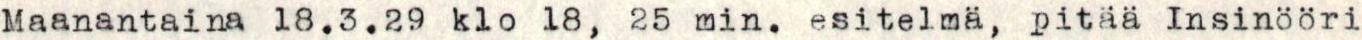
Maanantaina 18.3.29 klo 18, 25 min. esitelmä, pitää Insinööri